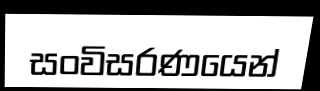
සංවිසරණයෙන්